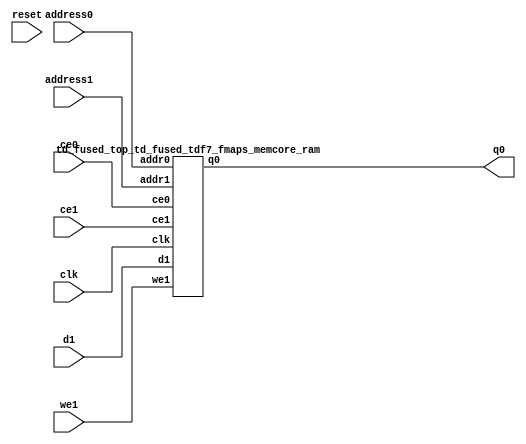
`define EXPONENT 5
`define MANTISSA 10
`define ACTUAL_MANTISSA 11
`define EXPONENT_LSB 10
`define EXPONENT_MSB 14
`define MANTISSA_LSB 0
`define MANTISSA_MSB 9
`define MANTISSA_MUL_SPLIT_LSB 3
`define MANTISSA_MUL_SPLIT_MSB 9
`define SIGN 1
`define SIGN_LOC 15
`define DWIDTH (`SIGN+`EXPONENT+`MANTISSA)
`define IEEE_COMPLIANCE 1

module td_fused_top_td_fused_tdf7_fmaps_memcore(
    reset,
    clk,
    address0,
    ce0,
    q0,
    address1,
    ce1,
    we1,
    d1);

parameter DataWidth = 32'd64;
parameter AddressRange = 32'd6272;
parameter AddressWidth = 32'd13;
input reset;
input clk;
input[AddressWidth - 1:0] address0;
input ce0;
output[DataWidth - 1:0] q0;
input[AddressWidth - 1:0] address1;
input ce1;
input we1;
input[DataWidth - 1:0] d1;



td_fused_top_td_fused_tdf7_fmaps_memcore_ram td_fused_top_td_fused_tdf7_fmaps_memcore_ram_U(
    .clk( clk ),
    .addr0( address0 ),
    .ce0( ce0 ),
    .q0( q0 ),
    .addr1( address1 ),
    .ce1( ce1 ),
    .we1( we1 ),
    .d1( d1 )
);

endmodule
module td_fused_top_td_fused_tdf7_fmaps_memcore_ram (addr0, ce0, q0, addr1, ce1, d1, we1,  clk);

parameter DWIDTH = 64;
parameter AWIDTH = 13;
parameter MEM_SIZE = 6272;

input[AWIDTH-1:0] addr0;
input ce0;
output wire[DWIDTH-1:0] q0;
input[AWIDTH-1:0] addr1;
input ce1;
input[DWIDTH-1:0] d1;
input we1;
input clk;

 reg [DWIDTH-1:0] ram[MEM_SIZE-1:0];
wire [AWIDTH-1:0] addr0_t0; 
reg [AWIDTH-1:0] addr0_t1; 
reg [DWIDTH-1:0] q0_t0;
  reg [DWIDTH-1:0] q0_t1;
wire [AWIDTH-1:0] addr1_t0; 
reg [AWIDTH-1:0] addr1_t1; 
wire [DWIDTH-1:0] d1_t0; 
wire we1_t0; 
reg [DWIDTH-1:0] d1_t1; 
reg we1_t1; 


assign addr0_t0 = addr0;
assign q0 = q0_t1;
assign addr1_t0 = addr1;
assign d1_t0 = d1;
assign we1_t0 = we1;

always @(posedge clk)  
begin
    if (ce0) 
    begin
        addr0_t1 <= addr0_t0; 
        q0_t1 <= q0_t0;
    end
    if (ce1) 
    begin
        addr1_t1 <= addr1_t0; 
        d1_t1 <= d1_t0;
        we1_t1 <= we1_t0;
    end
end


always @(posedge clk)  
begin 
    if (ce0) begin
        q0_t0 <= ram[addr0_t1];
    end
end


always @(posedge clk)  
begin 
    if (ce1) begin
        if (we1_t1) 
            ram[addr1_t1] <= d1_t1; 
    end
end


endmodule